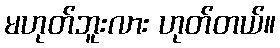
မဟုတ်ဘူးလား ဟုတ်တယ်။